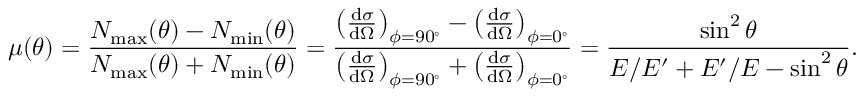
\mu ( \theta ) = \frac { N _ { \mathrm { m a x } } ( \theta ) - N _ { \mathrm { m i n } } ( \theta ) } { N _ { \mathrm { m a x } } ( \theta ) + N _ { \mathrm { m i n } } ( \theta ) } = \frac { \left( \frac { \mathrm { d } \sigma } { \mathrm { d } \Omega } \right) _ { \phi = 9 0 ^ { \circ } } - \left( \frac { \mathrm { d } \sigma } { \mathrm { d } \Omega } \right) _ { \phi = 0 ^ { \circ } } } { \left( \frac { \mathrm { d } \sigma } { \mathrm { d } \Omega } \right) _ { \phi = 9 0 ^ { \circ } } + \left( \frac { \mathrm { d } \sigma } { \mathrm { d } \Omega } \right) _ { \phi = 0 ^ { \circ } } } = \frac { \sin ^ { 2 } \theta } { E / E ^ { \prime } + E ^ { \prime } / E - \sin ^ { 2 } \theta } .